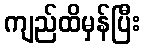
ကျည်ထိမှန်ပြီး